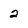
Character: 2